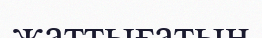
жаттығатын